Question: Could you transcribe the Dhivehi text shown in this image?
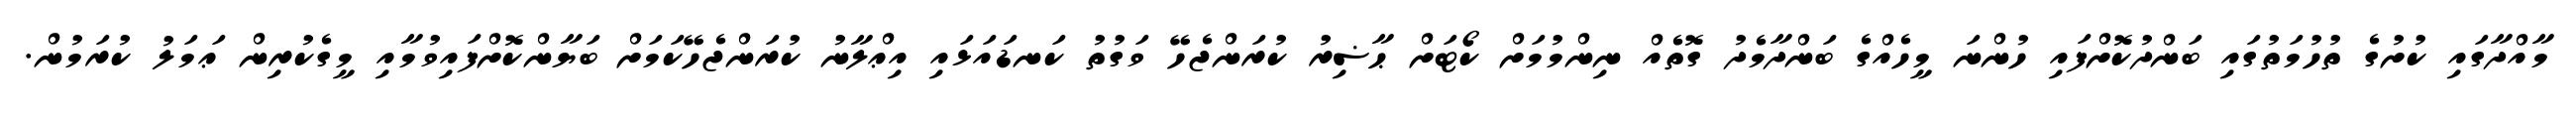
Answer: މާއްދާގައި ކުށުގެ ތުހުމަތުގައި ބަންދުކޮށްފައި ހުންނަ މީހެއްގެ ބަންދާމެދު ގޮތެއް ނިންމުމަށް ކޯޓަށް ޙާޟިރު ކުރަންޖެހޭ ވަގުތު ކަނޑައަޅައި އިޢްލާނު ކުރަންޖެހޭކަމަށް ބަޔާންކޮށްފައިވުމާއި މީގެކުރިން ޢަމަލު ކުރަމުން.